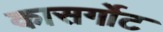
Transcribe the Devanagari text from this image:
कासर्गोट